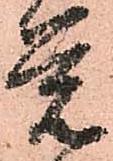
覚